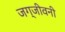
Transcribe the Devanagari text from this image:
जग्जीवनी